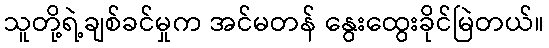
သူတို့ရဲ့ချစ်ခင်မှုက အင်မတန် နွေးထွေးခိုင်မြဲတယ်။